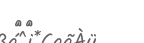
١٥